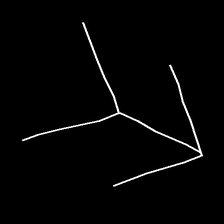
Glyph: gather